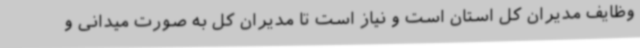
وظایف مدیران کل استان است و نیاز است تا مدیران کل به صورت میدانی و